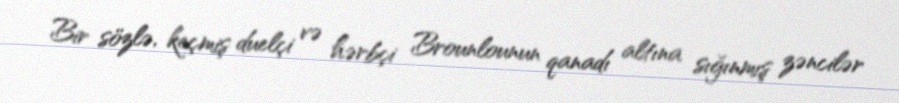
Bir sözlə, keçmiş duelçi və hərbçi Brounlounun qanadı altına sığınmış zəncilər